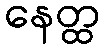
နေတ္ထ